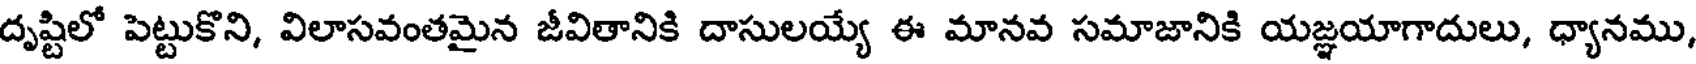
దృష్టిలో పెట్టుకొని, విలాసవంతమైన జీవితానికి దాసులయ్యే ఈ మానవ సమాజానికి యజ్ఞయాగాదులు, ధ్యానము,